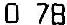
0.78